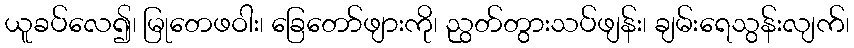
ယူခပ်လေ၍၊ မြုတေဖဝါး၊ ခြေတော်ဖျားကို၊ ညွတ်တွားသပ်ဖျန်း၊ ချမ်းရေသွန်းလျက်၊